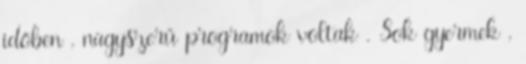
időben , nagyszerű programok voltak . Sok gyermek ,